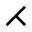
\rightthreetimes